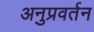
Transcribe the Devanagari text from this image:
अनुप्रवर्तन